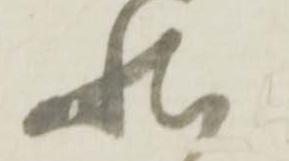
状